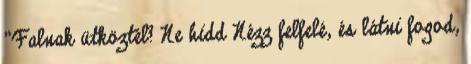
"Falnak ütköztél? Ne hidd Nézz felfelé, és látni fogod,